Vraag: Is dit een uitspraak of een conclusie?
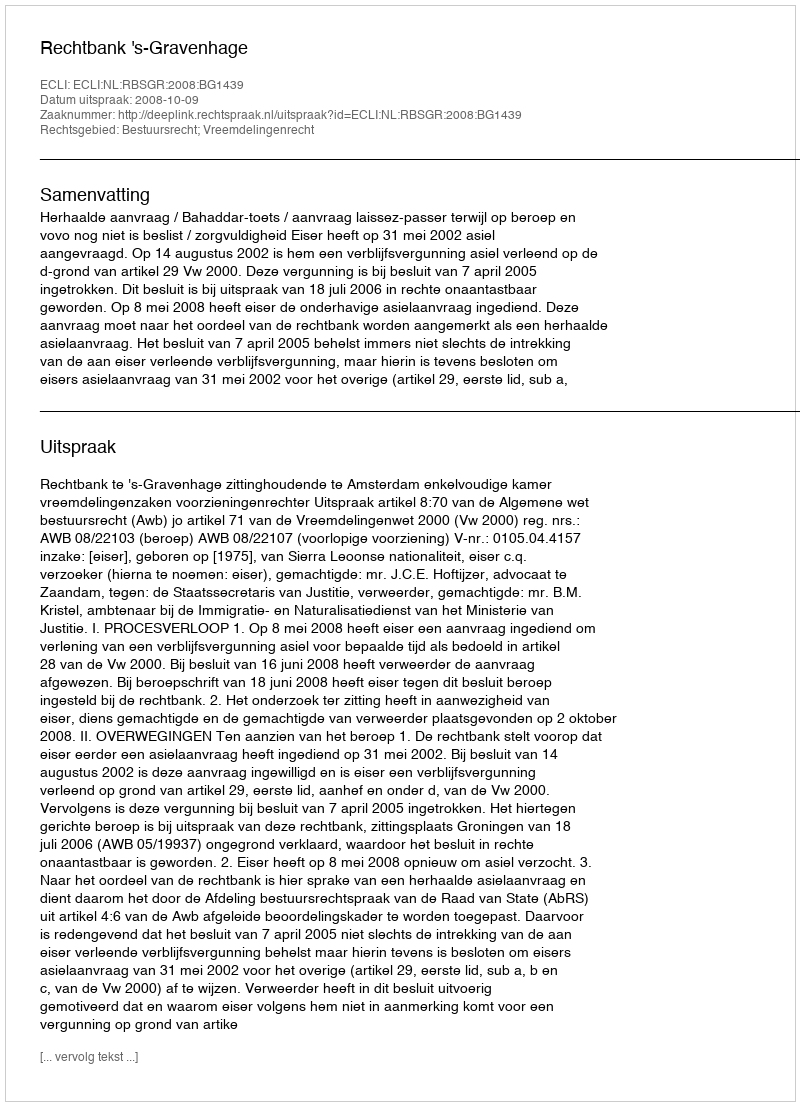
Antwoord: Uitspraak